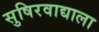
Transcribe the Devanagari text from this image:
सुषिरवाद्याला